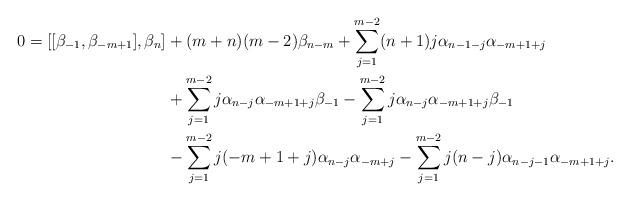
LaTeX: \begin{align*}0=[[\beta_{-1}, \beta_{-m+1}],\beta_n]&+(m+n)(m-2) \beta_{n-m}+ \sum_{j=1}^{m-2} (n+1)j \alpha_{n-1-j} \alpha_{-m+1+j} \\&+ \sum_{j=1}^{m-2} j \alpha_{n-j} \alpha_{-m+1+j} \beta_{-1}-\sum_{j=1}^{m-2} j \alpha_{n-j} \alpha_{-m+1+j} \beta_{-1} \\&-\sum_{j=1}^{m-2} j(-m+1+j) \alpha_{n-j} \alpha_{-m+j}-\sum_{j=1}^{m-2} j(n-j) \alpha_{n-j-1} \alpha_{-m+1+j}.\end{align*}